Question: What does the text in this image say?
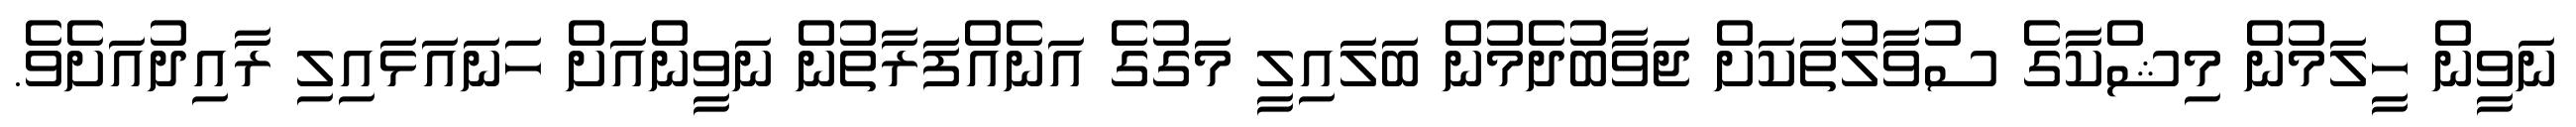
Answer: ނަވީން ހީލަމުން މިޝްކާގެ ސުވާލުތަކަށް ޖަވާބުދެމުން ބަލައިލީ މަގުގެ އަނެއްފަރާތުން ނަވީންއަށް ހަނައަޅައިލި ރާއިދުއަށެވެ.